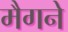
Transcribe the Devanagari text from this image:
मैगने